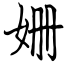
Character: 姗